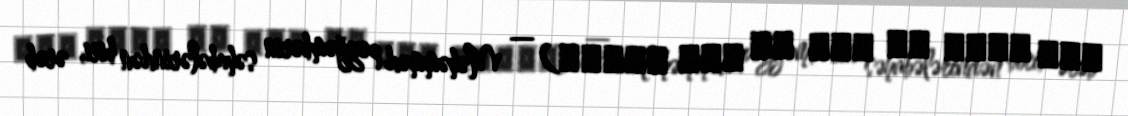
عبد الله بن سعد بن أبي السرح) — Məhəmməd peyğəmbərin səhabələrindən biri, ərəb